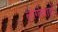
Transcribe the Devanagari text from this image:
लोंगोबार्डों